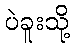
ပဲခူးသို့